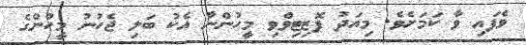
ވެފައި ވާ ކަމަށެވެ. މިއަދު ޕޮޒިޓިވްވި މީހުންނާ އެކު ބަލި ޖެހުނު މީހުންގެ